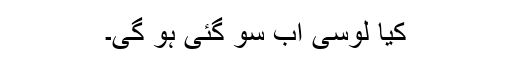
کیا لوسی اب سو گئی ہو گی۔